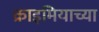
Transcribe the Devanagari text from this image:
क्राइमियाच्या